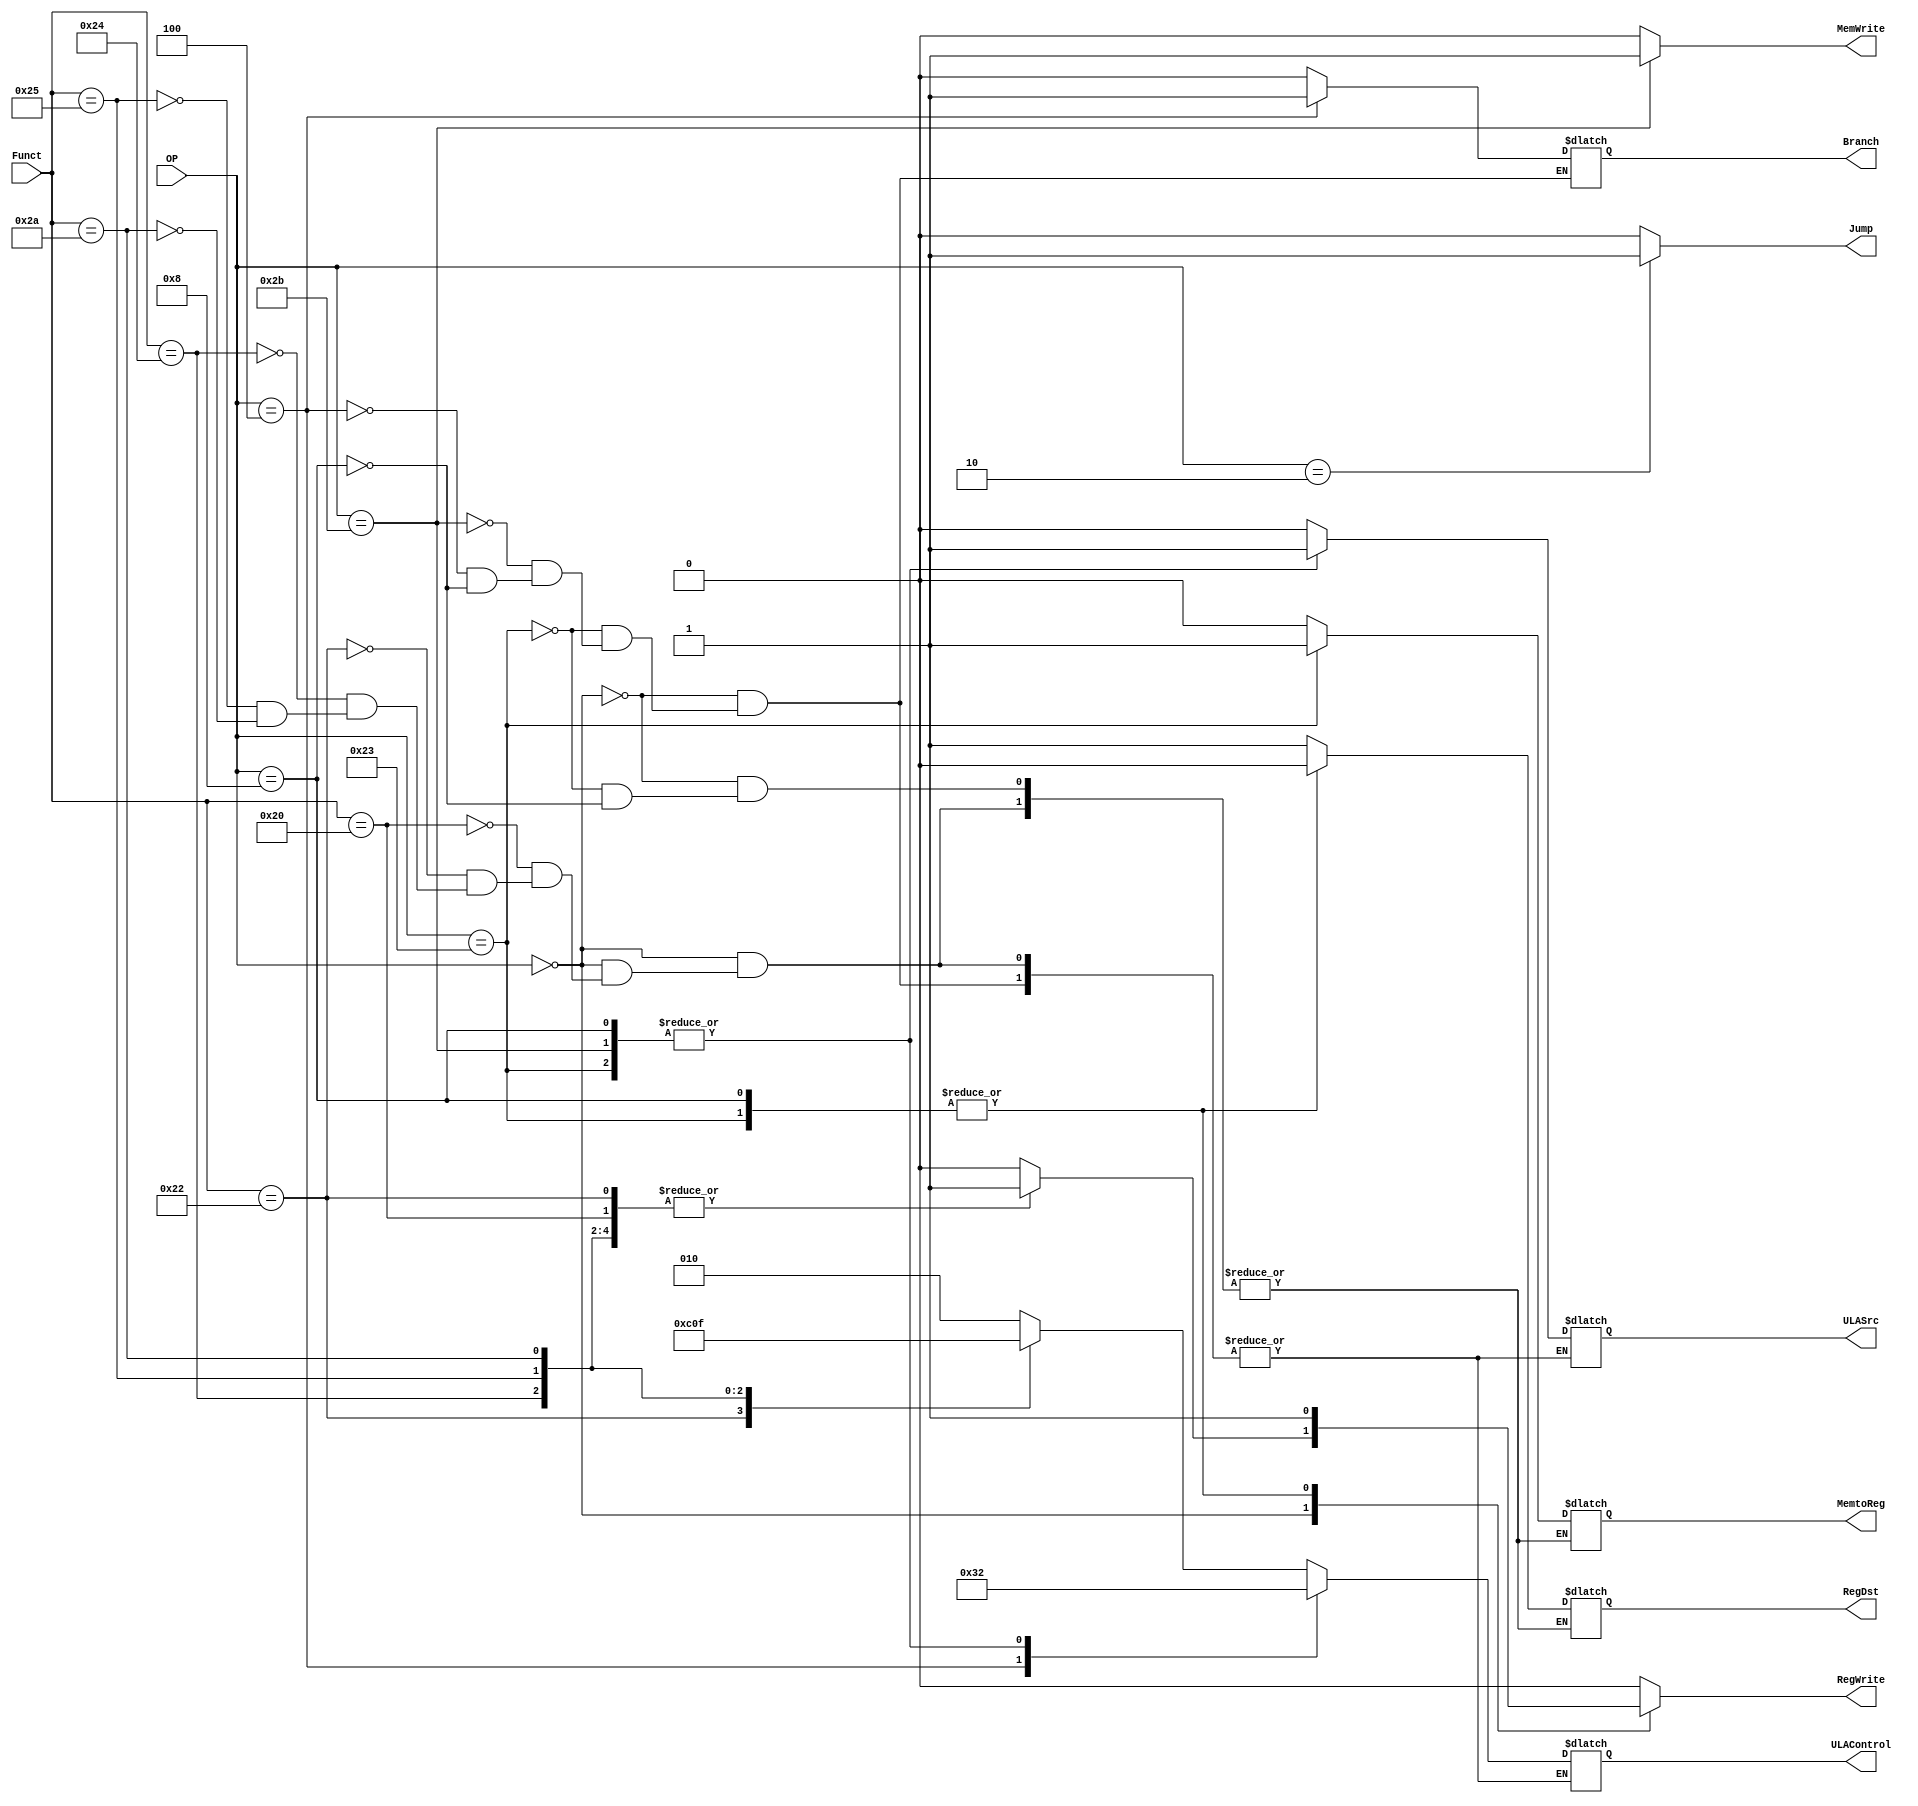
module ControlUnit(input [5:0]OP, Funct,
                   output reg RegWrite, RegDst, ULASrc, Branch, MemWrite, MemtoReg, Jump,
                   output reg [2:0]ULAControl);

  always@(*) begin
    case(OP)
      6'b000000:
        begin
          case(Funct)
            6'b100000://ADD
              begin
              RegWrite = 1'b1;
              RegDst = 1'b1;
              ULASrc = 1'b0;
              ULAControl = 3'b010;
              Branch = 1'b0;
              MemWrite = 1'b0;
              MemtoReg = 1'b0;
              Jump = 1'b0;
              end
            6'b100010://SUB
              begin
              RegWrite = 1'b1;
              RegDst = 1'b1;
              ULASrc = 1'b0;
              ULAControl = 3'b110;
              Branch = 1'b0;
              MemWrite = 1'b0;
              MemtoReg = 1'b0;
              Jump = 1'b0;
              end
            6'b100100://AND
              begin
              RegWrite = 1'b1;
              RegDst = 1'b1;
              ULASrc = 1'b0;
              ULAControl = 3'b000;
              Branch = 1'b0;
              MemWrite = 1'b0;
              MemtoReg = 1'b0;
              Jump = 1'b0;
              end
            6'b100101://OR
              begin
              RegWrite = 1'b1;
              RegDst = 1'b1;
              ULASrc = 1'b0;
              ULAControl = 3'b001;
              Branch = 1'b0;
              MemWrite = 1'b0;
              MemtoReg = 1'b0;
              Jump = 1'b0;
              end
            6'b101010://SLT
              begin
              RegWrite = 1'b1;
              RegDst = 1'b1;
              ULASrc = 1'b0;
              ULAControl = 3'b111;
              Branch = 1'b0;
              MemWrite = 1'b0;
              MemtoReg = 1'b0;
              Jump = 1'b0;
              end
            default:
              begin
              RegWrite = 1'b0;
              //RegDst = 1'b1;
              //ULASrc = 1'b0;
              //ULAControl = 3'b111;
              Branch = 1'b0; //It is necessary to keep the muxes aligned to take the next value for program counter
              MemWrite = 1'b0;
              //MemtoReg = 1'b0;
              Jump = 1'b0;
              end
          endcase
        end
      6'b100011://LW
        begin
        RegWrite = 1'b1;
        RegDst = 1'b0;
        ULASrc = 1'b1;
        ULAControl = 3'b010;
        Branch = 1'b0;
        MemWrite = 1'b0;
        MemtoReg = 1'b1;
        Jump = 1'b0;
        end
      6'b101011://SW
        begin
        RegWrite = 1'b0;
        //RegDst = 1'b0;
        ULASrc = 1'b1;
        ULAControl = 3'b010;
        Branch = 1'b0;
        MemWrite = 1'b1;
        //MemtoReg = 1'b1;
        Jump = 1'b0;
        end
      6'b000100://BEQ
        begin
        RegWrite = 1'b0;
        //RegDst = 1'b0;
        ULASrc = 1'b0;
        ULAControl = 3'b110;
        Branch = 1'b1;
        MemWrite = 1'b0;
        //MemtoReg = 1'b1;
        Jump = 1'b0;
        end
      6'b001000://ADDi
        begin
        RegWrite = 1'b1;
        RegDst = 1'b0;
        ULASrc = 1'b1;
        ULAControl = 3'b010;
        Branch = 1'b0;
        MemWrite = 1'b0;
        MemtoReg = 1'b0;
        Jump = 1'b0;
        end
      6'b000010://J
        begin
        RegWrite = 1'b0;
        //RegDst = 1'b0;
        //ULASrc = 1'b1;
        //ULAControl = 3'b010;
        //Branch = 1'b0;
        MemWrite = 1'b0;
        //MemtoReg = 1'b1;
        Jump = 1'b1;
        end
      default:
        begin
        RegWrite = 1'b0;
        //RegDst = 1'b1;
        //ULASrc = 1'b0;
        //ULAControl = 3'b111;
        //Branch = 1'b0;
        MemWrite = 1'b0;
        //MemtoReg = 1'b0;
        Jump = 1'b0;
        end
    endcase
  end

endmodule